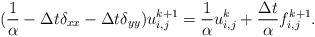
\begin{align*}(\frac{1}{\alpha}-\Delta t \delta_{xx} -\Delta t \delta_{yy}) u^{k+1}_{i,j}= \frac{1}{\alpha} u^{k}_{i,j} + \frac{\Delta t}{\alpha} f^{k+1}_{i,j}.\end{align*}